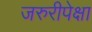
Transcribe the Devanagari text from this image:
जरुरीपेक्षा